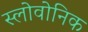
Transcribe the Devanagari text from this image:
स्लोवोनिक